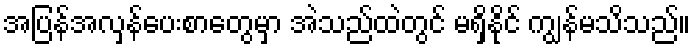
အပြန်အလှန်ပေးစာတွေမှာ အဲသည်ထဲတွင် မရှိနိုင် ကျွန်မသိသည်။